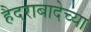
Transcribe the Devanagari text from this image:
हैदराबादेच्या